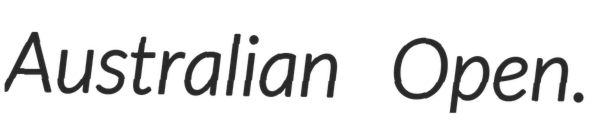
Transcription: Australian Open.